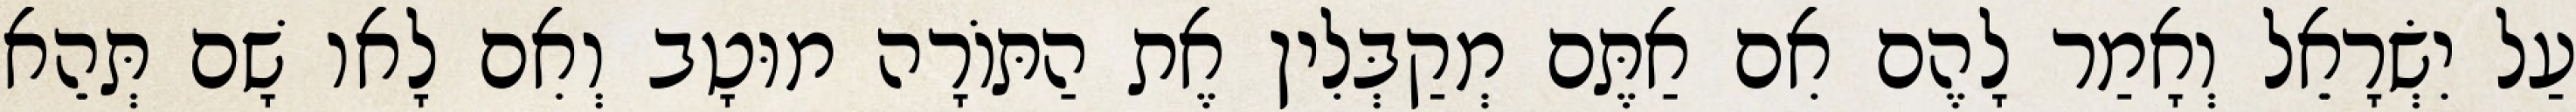
עַל יִשְׂרָאֵל וְאָמַר לָהֶם אִם אַתֶּם מְקַבְּלִין אֶת הַתּוֹרָה מוּטָב וְאִם לָאו שָׁם תְּהֵא